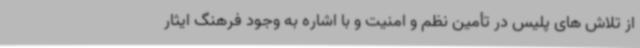
از تلاش های پلیس در تأمین نظم و امنیت و با اشاره به وجود فرهنگ ایثار